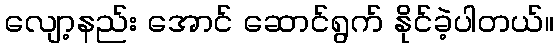
လျော့နည်း အောင် ဆောင်ရွက် နိုင်ခဲ့ပါတယ်။